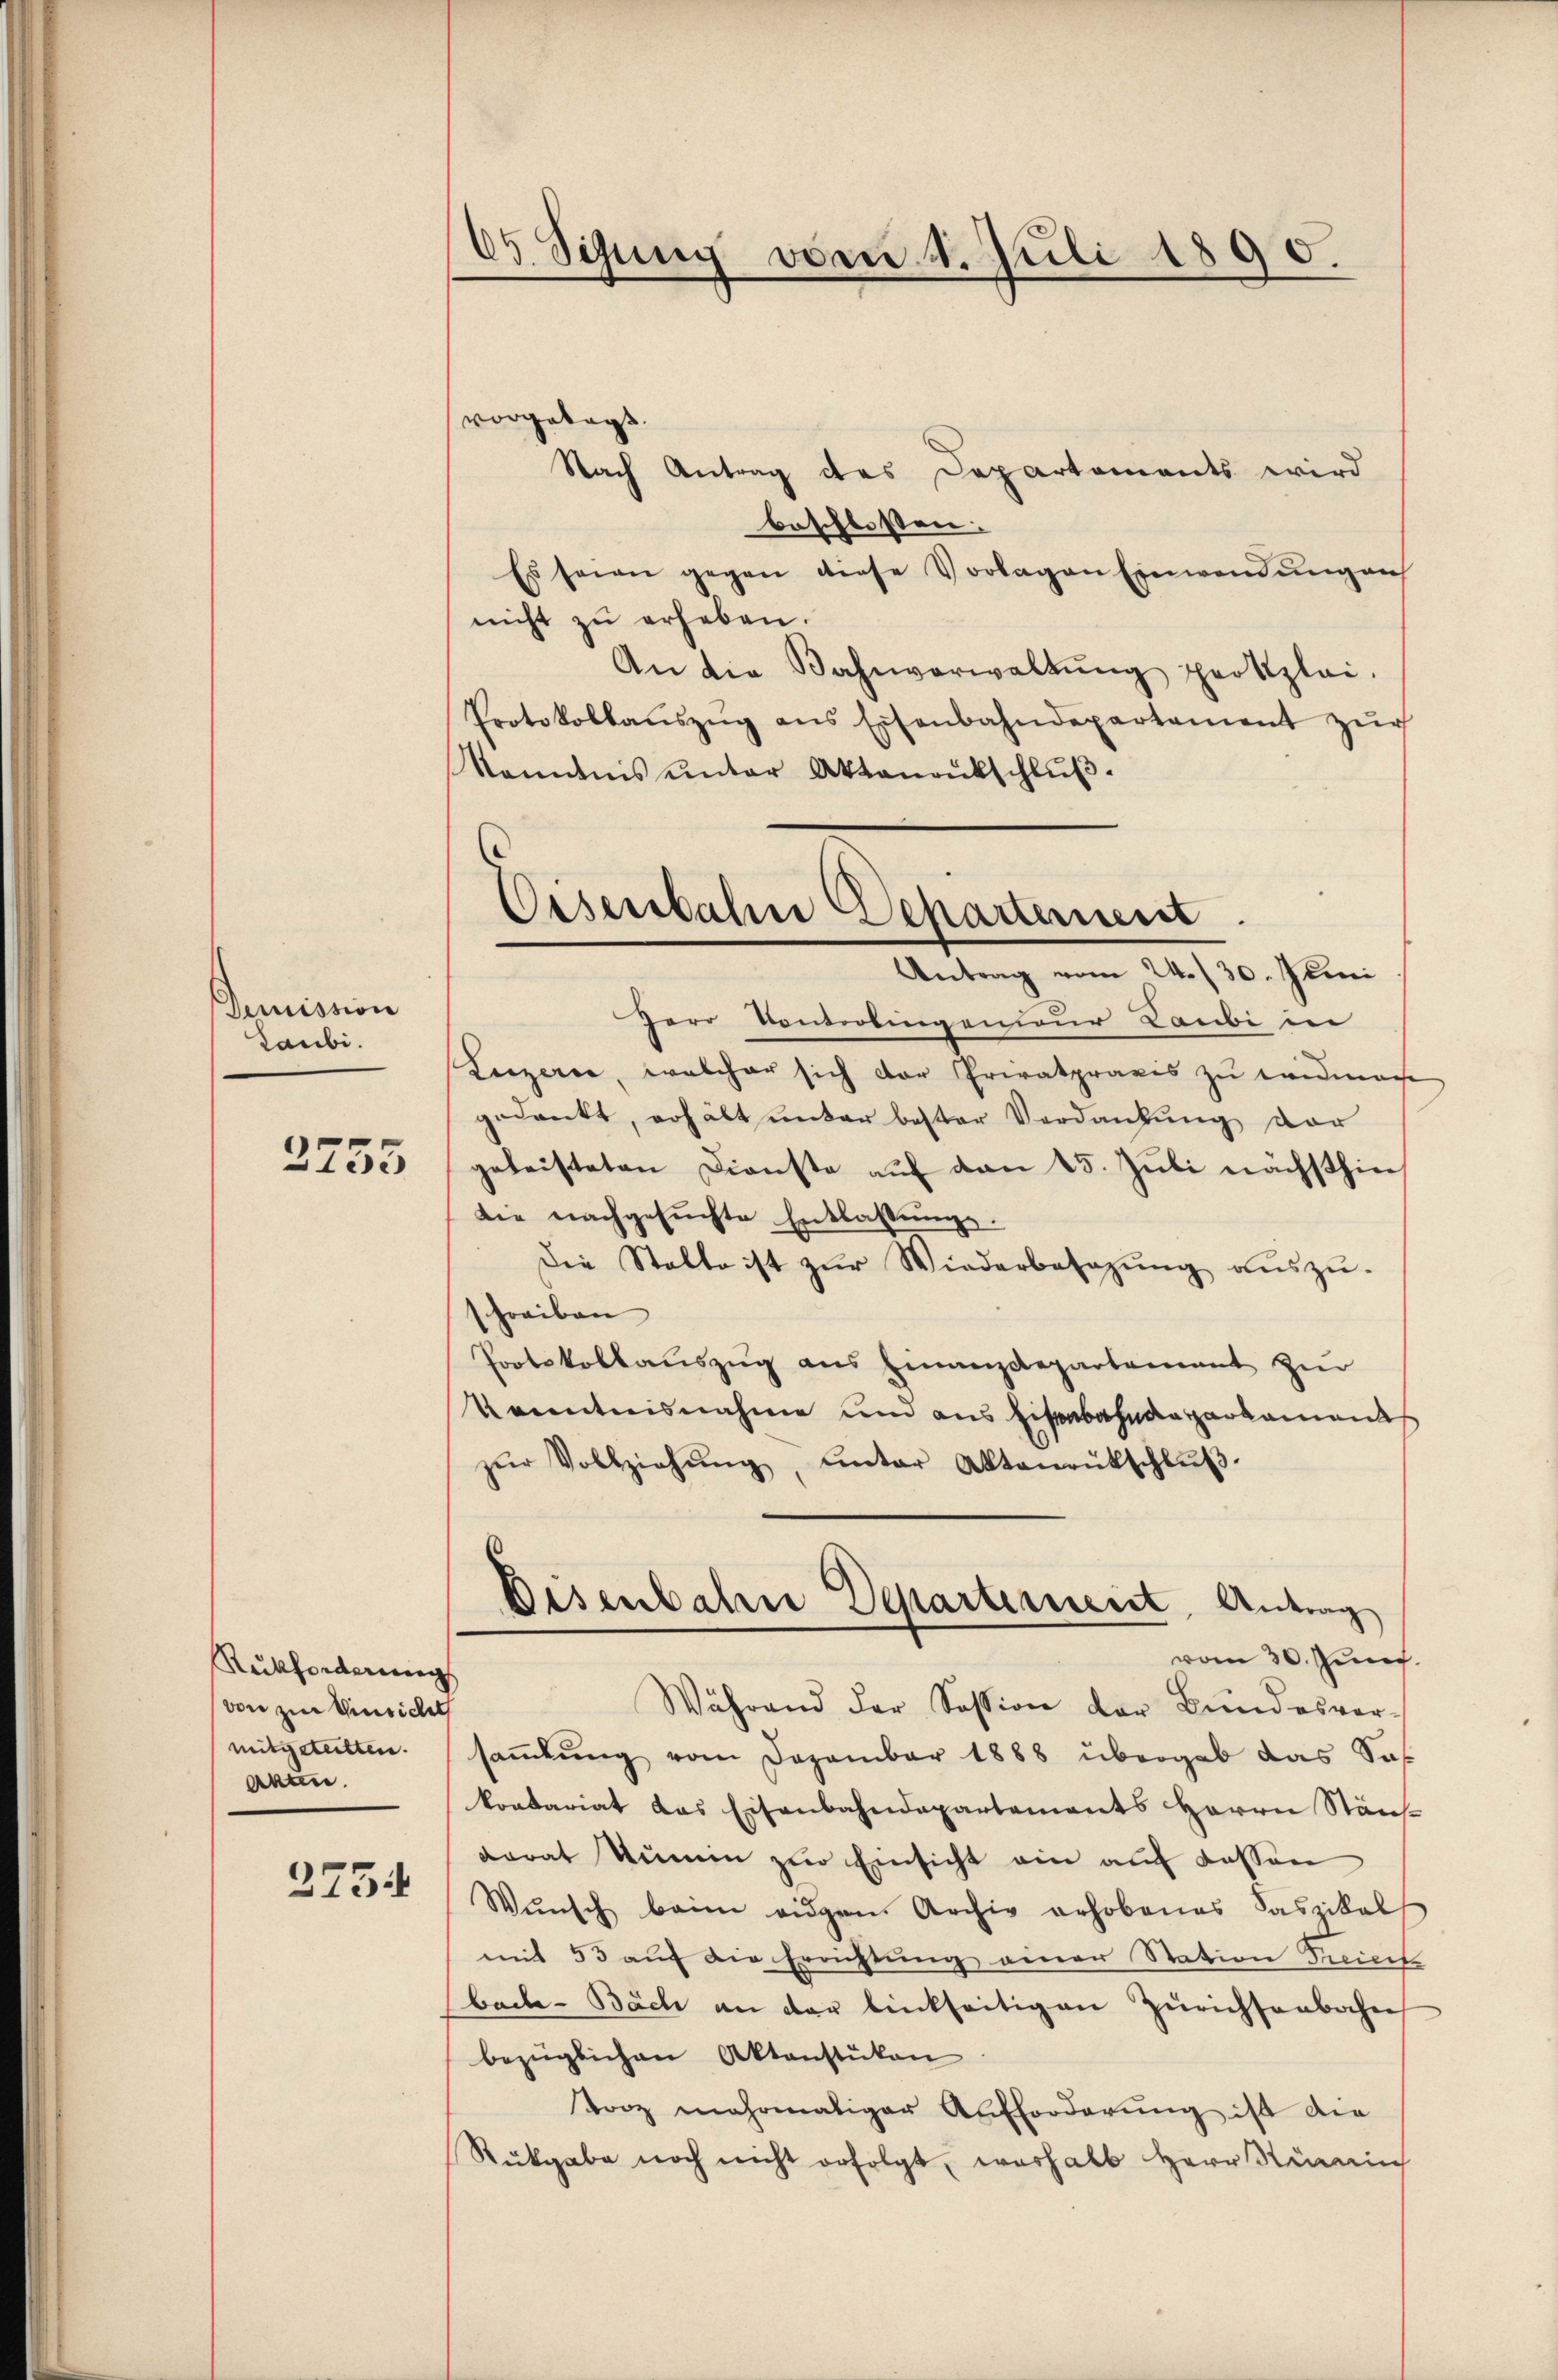
Demission
Laubi

2755

Rückforderung
von zur Einsichet
mitgeteitten.
Akten.

2734

63. Sitzung vom 4. Juli 1890.

vorgetagt
Nach Antrag des Departements wird
beschlossen:
Es sein gegen diese Vorlagen Einwendung auf
nicht zu erheben.
An die Bahnverwaltŭng protzlei-
Protokollaŭszŭg ans Eisenbahndepartament zŭr
kommnis unter Aktenantschlŭβ
Pero Controlingenieur Laubi in
Leizerce, welcher sich der Privatpraxis zu leidmache
gedankt, erhält unter bester Verdankung der
geleisteten Dienste auf den 15. Juli nächsthin
die nachgesuchte Entlassungs¬
Die Stalte ist zŭr Wiederbesezŭng aŭszŭ-
schreiben
Pootskollauszug aus Finanzdepartement zur
Kenntnisnahme um aus Eisenbahndeparkaments
zŭr Vollziehŭng ŭnter Aktenrütschlŭβ
Disenbahn Departement, Antrag
vom 30. Juni.
Während der Session der Bundesver-
saṁlŭng vom Dezember 1888 übergab das Sof
kontariat das Eisenbahndepartements Herrn Stäns-
dorat Kŭmin zŭr Einsicht ein aŭf dassen
Wŭnsch beim eigen Archiv erhobenes Kaszikal
mit 53 auf die Errichtung einer Station Freieck
boch-Bach an der linkseitigen Zürichsenbahn
bezüglichen Aktenstücken
torz mehrmaliger Aufforderŭng ist die
Rückgabe noch nicht erfolgt, weshalb Herr Kümin

Eisenbahn Departement.
Antrag vom 24./30. Juni